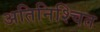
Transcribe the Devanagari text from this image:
अतिनिश्चित